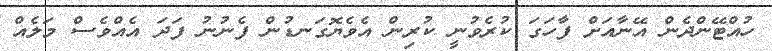
ހުއްޓޭންދެން އޭނާއަށް ފާހަގަ ކުރެވުނީ ކުރިން އެވެޔޮގަނޑުން ފެނުނު ފަދަ އެއްވެސް މަލެއް